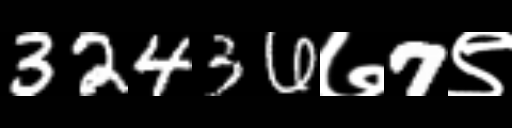
Text: 32436७7९